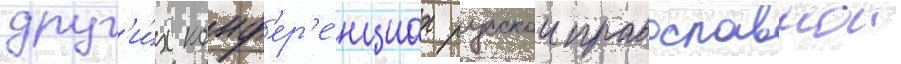
друг'и́х конф'ер'е́нциах русскои православнои